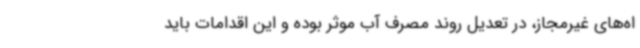
اه‌های غیرمجاز، در تعدیل روند مصرف آب موثر بوده و این اقدامات باید